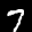
Label: 7